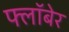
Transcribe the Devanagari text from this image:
फ्लॉबेर